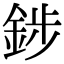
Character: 䤮